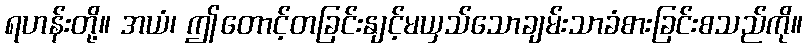
ရဟန်းတို့။ အယံ၊ ဤတောင့်တခြင်းနျင့်မယှသ်သောချမ်းသာခံစားခြင်းစသည်ကို။